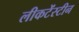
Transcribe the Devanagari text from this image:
लीकटेंस्टीन